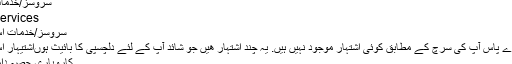
سروسز/خدمات میں فیجی
Services انرر Fiji
سروسز/خدمات اس میں فیجی
سوری ہمارے پاس آپ کی سرچ کے مطابق کوئی اشتہار موجود نہیں ہیں. یہ چند اشتہار ھیں جو شائد آپ کے لئے دلچسپی کا بائیث ہوںاشتیہار اس میں فیجی
کاروباری حصہ دار انرر فیجی